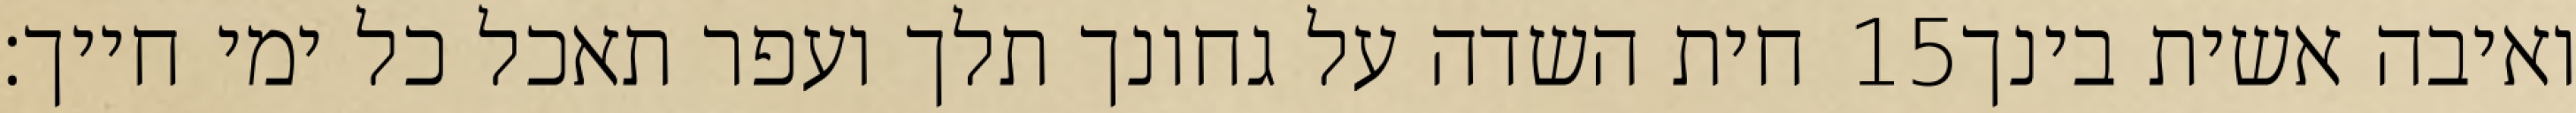
חית השדה על גחונך תלך ועפר תאכל כל ימי חייך׃ ‎15‏ ואיבה אשית בינך